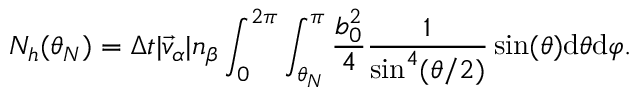
N _ { h } ( \theta _ { N } ) = \Delta t | \vec { v } _ { \alpha } | n _ { \beta } \int _ { 0 } ^ { 2 \pi } \int _ { \theta _ { N } } ^ { \pi } \frac { b _ { 0 } ^ { 2 } } { 4 } \frac { 1 } { \sin ^ { 4 } ( \theta / 2 ) } \sin ( \theta ) \mathrm { d } \theta \mathrm { d } \varphi .